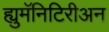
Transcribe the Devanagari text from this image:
ह्युमॅनिटिरीअन